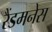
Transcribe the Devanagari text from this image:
रैंडमनेस